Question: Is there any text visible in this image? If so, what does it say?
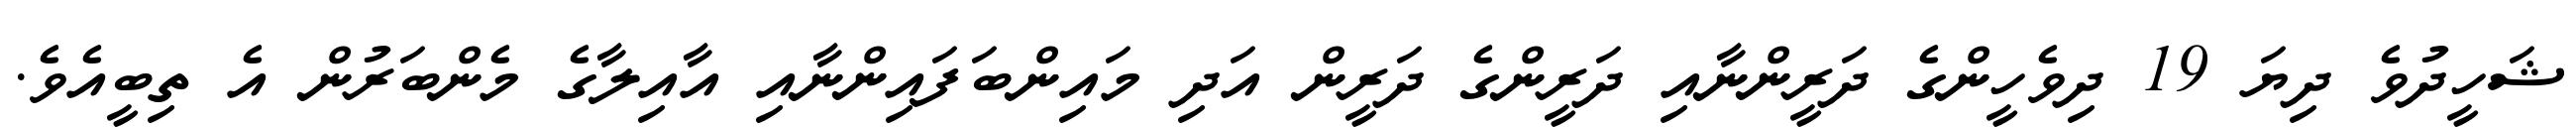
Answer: ޝަހީދުވެ ދިޔަ 19 ދިވެހީންގެ ދަރީންނާއި ދަރީންގެ ދަރީން އަދި މައިންބަފައިންނާއި އާއިލާގެ މެންބަރުން އެ ތިބީއެވެ.